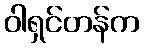
ဝါရှင်တန်က